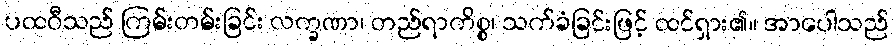
ပထဝီသည် ကြမ်းတမ်းခြင်း လက္ခဏာ၊ တည်ရာကိစ္စ၊ သက်ခံခြင်းဖြင့် ထင်ရှား၏။ အာပေါသည်